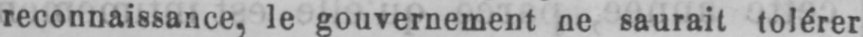
reconnaissance, le gouvernement ne saurait tolérer